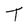
Character: t